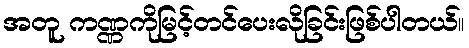
အတူ ကဏ္ဏကိုမြင့်တင်ပေးလိုခြင်းဖြစ်ပါတယ်။